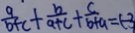
\frac { a } { b + c } + \frac { b } { a + c } + \frac { c } { b + a } = ( - 3